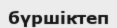
бүршіктеп